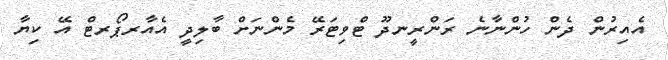
އެއިރުން ދެން ހުންނާނެ ރަންރީނދޫ ޓްވިޓަރޭ މެންނަށް ބާލިދީ އެއާރޕޯރޓް އޭ ކިޔާ